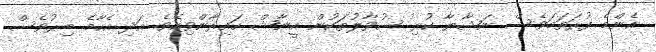
އެންމެ ފުރަތަމަވެސް ނަޝާޔާ ކުރި ސުވާލުތަކުން އީނާޝް ހައިރާންވިއެވެ. އަދި އެހާމެ ބިރުވެސް